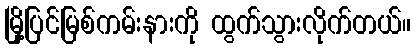
မြို့ပြင်မြစ်ကမ်းနားကို ထွက်သွားလိုက်တယ်။